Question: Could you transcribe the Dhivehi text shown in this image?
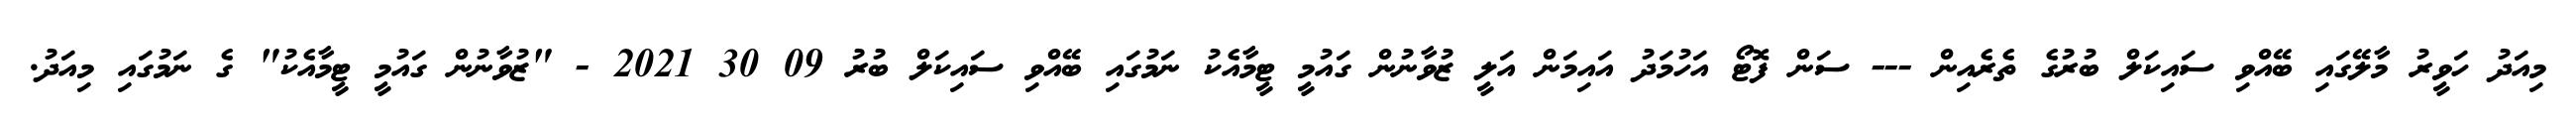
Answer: މިއަދު ހަވީރު މާލޭގައި ބޭއްވި ސައިކަލް ބުރުގެ ތެރެއިން --- ސަން ފޮޓޯ އަހުމަދު އައިމަން އަލީ ޒުވާނުން ގައުމީ ޓީމާއެކު ނަމުގައި ބޭއްވި ސައިކަލް ބުރު 09 30 2021 - "ޒުވާނުން ގައުމީ ޓީމާއެކު" ގެ ނަމުގައި މިއަދު.